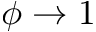
\phi \rightarrow 1